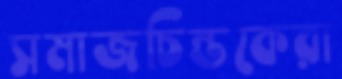
সমাজচিন্তকেরা